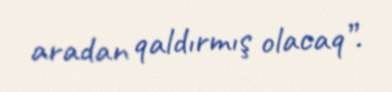
aradan qaldırmış olacaq”.